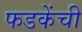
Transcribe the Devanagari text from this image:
फडकेंची